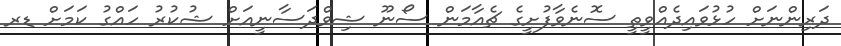
ދަރިންނަށް ހުޅުވައިދެއްވީތީ ސޮނެވާފުށީގެ ޗެއާމަން ސޯނޫ ޝިވްދަސާނީއަށް ޝުކުރު ހައްގު ކަމަށް ޑރ